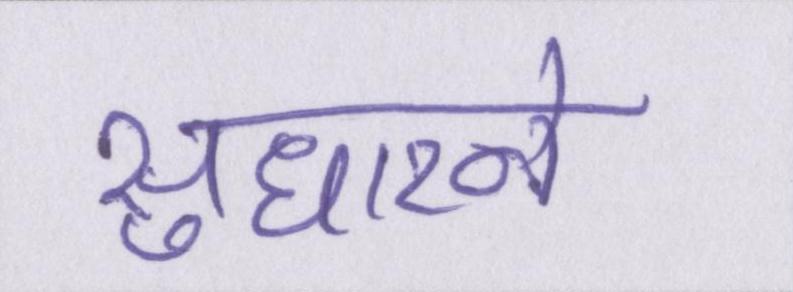
सुधारने